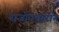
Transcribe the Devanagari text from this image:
राजोपचारान्